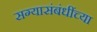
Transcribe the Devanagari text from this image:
सग्यासंबंधींच्या